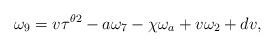
\begin{align*}\omega_9=v\tau^{\theta 2} -a\omega_7-\chi \omega_a +v\omega_2+dv,\end{align*}